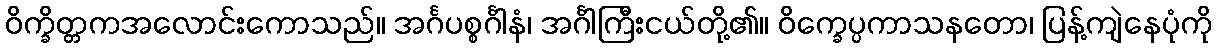
ဝိက္ခိတ္တကအလောင်းကောသည်။ အင်္ဂပစ္စင်္ဂါနံ၊ အင်္ဂါကြီးငယ်တို့၏။ ဝိက္ခေပ္ပကာသနတော၊ ပြန့်ကျဲနေပုံကို